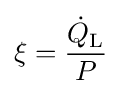
\xi ={\frac {{\dot {Q}}_{\text{L}}}{P}}